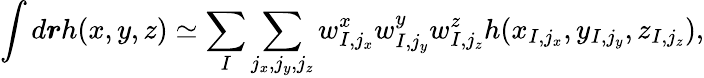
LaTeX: \int d\boldsymbol{r}h(x,y,z)\simeq\sum_{I}\sum_{j_{x},j_{y},j_{z}}w_{I,j_{x}}^{x}w_{I,j_{y}}^{y}w_{I,j_{z}}^{z}h(x_{I,j_{x}},y_{I,j_{y}},z_{I,j_{z}}),